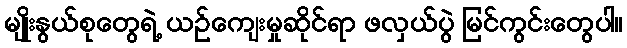
မျိုးနွယ်စုတွေရဲ့ ယဉ်ကျေးမှုဆိုင်ရာ ဖလှယ်ပွဲ မြင်ကွင်းတွေပါ။